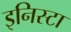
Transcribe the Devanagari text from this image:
इनिस्टा